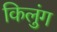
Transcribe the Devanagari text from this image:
किलुंग